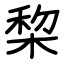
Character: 棃